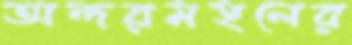
অন্দরমহলের